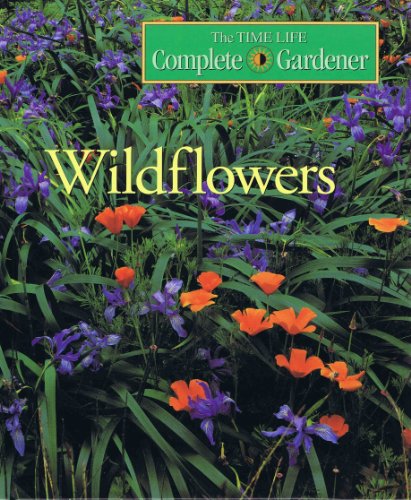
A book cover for Wildflowers (Time-Life Complete Gardener); Crafts, Hobbies & Home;